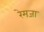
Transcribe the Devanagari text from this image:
रेमजा